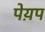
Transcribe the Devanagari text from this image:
पेय़प